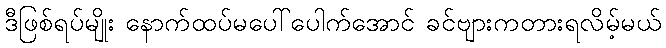
ဒီဖြစ်ရပ်မျိုး နောက်ထပ်မပေါ်ပေါက်အောင် ခင်ဗျားကတားရလိမ့်မယ်